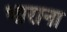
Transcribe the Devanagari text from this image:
भाराना